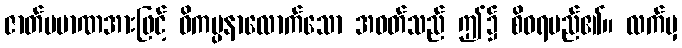
ဇာတ်ပမာဏအားဖြင့် ဝိကပ္ပနာလောက်သော အဝတ်သည် ဤ၌ စိဝရမည်၏။ လက်မှ